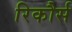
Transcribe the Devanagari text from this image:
रिकौर्स